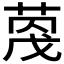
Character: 𫈦